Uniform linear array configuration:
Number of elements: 48
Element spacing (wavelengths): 1
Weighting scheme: kaiser
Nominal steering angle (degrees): -45
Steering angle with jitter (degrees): -46.11
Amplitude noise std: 0.05
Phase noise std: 0.05

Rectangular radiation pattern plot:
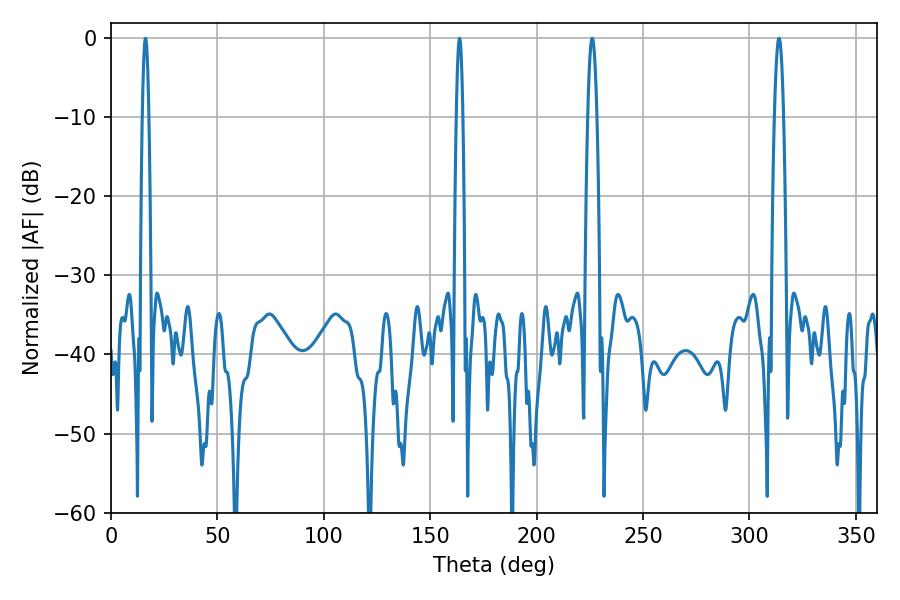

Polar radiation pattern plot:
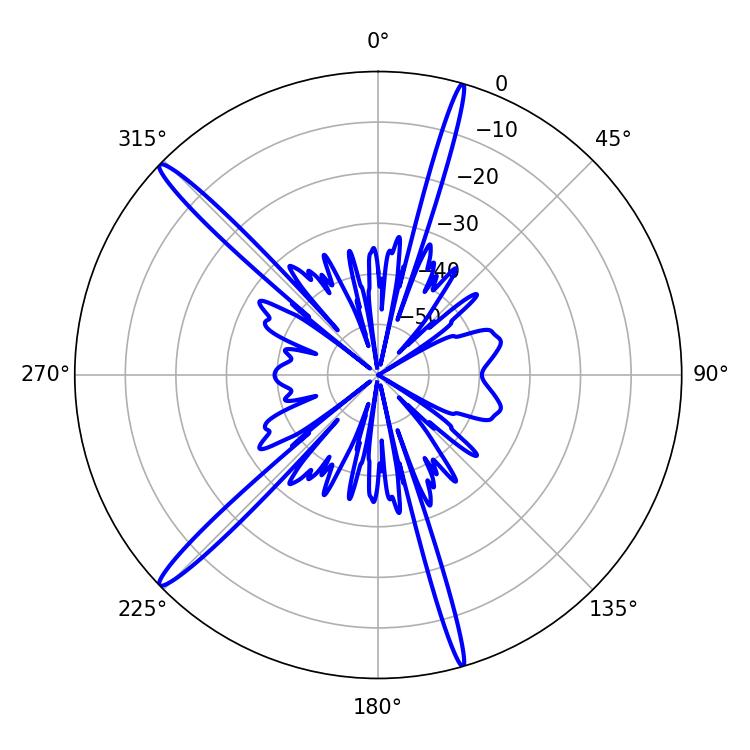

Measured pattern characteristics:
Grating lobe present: TRUE
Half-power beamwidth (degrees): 1.62
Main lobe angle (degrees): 16.2